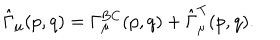
\hat { \Gamma } _ { \mu } ( p , q ) = \Gamma _ { \mu } ^ { \mathrm { B C } } ( p , q ) + \hat { \Gamma } _ { \mu } ^ { \mathrm { T } } ( p , q ) .